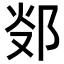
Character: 𨛂